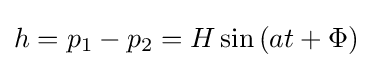
h=p_{1}-p_{2}=H\sin {(at+\Phi )}